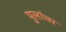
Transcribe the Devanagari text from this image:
पुलांचा